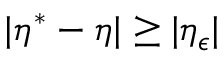
| \eta ^ { * } - \eta | \geq | \eta _ { \epsilon } |